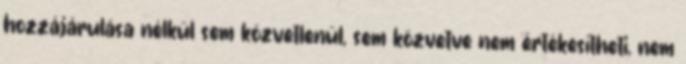
hozzájárulása nélkül sem közvetlenül, sem közvetve nem értékesítheti, nem